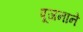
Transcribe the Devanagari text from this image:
पूजनाने